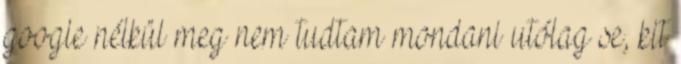
google nélkül meg nem tudtam mondani utólag se, kit